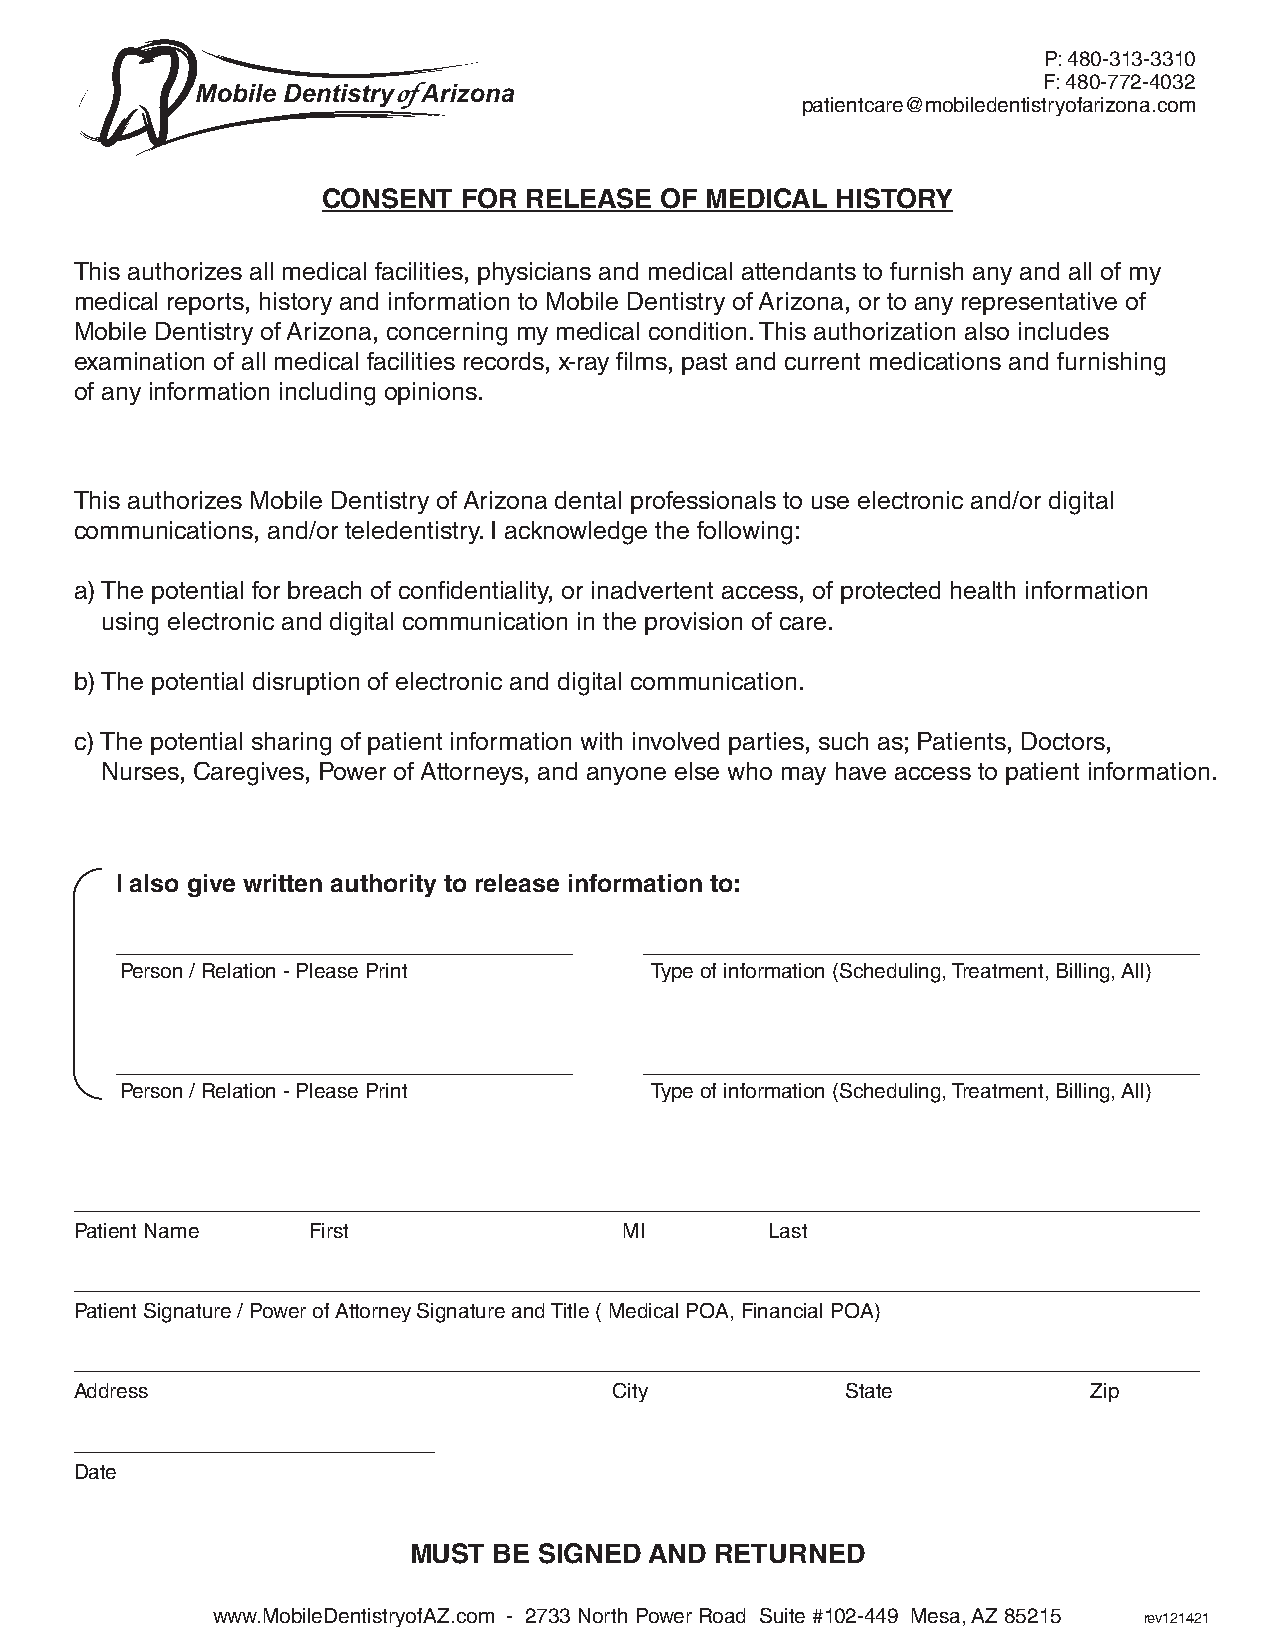
P: 480-313-3310
 F: 480-772-4032
 patientcare@mobiledentistryofarizona.com
 CONSENT   FOR RELEASE  OF MEDICAL HISTORY
 This authorizes all medical facilities, physicians and medical attendants to furnish any and all of my
 medical reports, history and information to Mobile Dentistry of Arizona, or to any representative of
 Mobile Dentistry of Arizona, concerning my medical condition. This authorization also includes
 examination of all medical facilities records, x-ray films, past and current medications and furnishing
 of any information including opinions.
 This authorizes Mobile Dentistry of Arizona dental professionals to use electronic and/or digital
 communications, and/or teledentistry. I acknowledge the following:
 a) The potential for breach of confidentiality, or inadvertent access, of protected health information
 using electronic and digital communication in the provision of care.
 b) The potential disruption of electronic and digital communication.
 c) The potential sharing of patient information with involved parties, such as; Patients, Doctors,
 Nurses, Caregives, Power of Attorneys, and anyone else who may have access to patient information.
 I also give written authority to release information to:
 _________________________________  ________________________________________
 Person / Relation - Please Print   Type of information (Scheduling, Treatment, Billing, All)
 _________________________________  ________________________________________
 Person / Relation - Please Print   Type of information (Scheduling, Treatment, Billing, All)
 _________________________________________________________________________________
 Patient Name   First                MI        Last
 _________________________________________________________________________________
 Patient Signature / Power of Attorney Signature and Title ( Medical POA, Financial POA)
 _________________________________________________________________________________
 Address                             City           State           Zip
 __________________________
 Date
 MUST  BE SIGNED AND RETURNED
 www.MobileDentistryofAZ.com - 2733 North Power Road Suite #102-449 Mesa, AZ 85215 rev121421